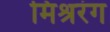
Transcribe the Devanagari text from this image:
मिश्ररंग